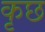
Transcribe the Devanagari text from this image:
कृछ